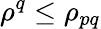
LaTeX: \rho^{q}\leq\rho_{pq}